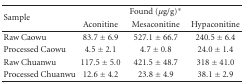
<table><thead><tr><td rowspan="2"><b>Sample</b></td><td>[EMPTY_CELL]</td><td><b>Found (<i>μ</i>g/g)*</b></td><td>[EMPTY_CELL]</td></tr><tr><td><b>Aconitine</b></td><td><b>Mesaconitine</b></td><td><b>Hypaconitine</b></td></tr></thead><tbody><tr><td>Raw Caowu</td><td>83.7 ± 6.9</td><td>527.1 ± 66.7</td><td>240.5 ± 6.4</td></tr><tr><td>Processed Caowu</td><td>4.5 ± 2.1</td><td>4.7 ± 0.8</td><td>24.0 ± 1.4</td></tr><tr><td>Raw Chuanwu</td><td>117.5 ± 5.0</td><td>421.5 ± 48.7</td><td>318 ± 41.0</td></tr><tr><td>Processed Chuanwu</td><td>12.6 ± 4.2</td><td>23.8 ± 4.9</td><td>38.1 ± 2.9</td></tr></tbody></table>